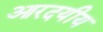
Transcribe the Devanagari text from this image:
आरदयीय